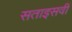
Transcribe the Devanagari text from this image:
सताइसवीं